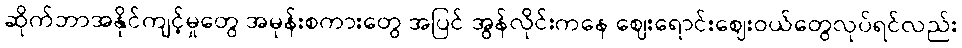
ဆိုက်ဘာအနိုင်ကျင့်မှုတွေ အမုန်းစကားတွေ အပြင် အွန်လိုင်းကနေ ဈေးရောင်းဈေးဝယ်တွေလုပ်ရင်လည်း